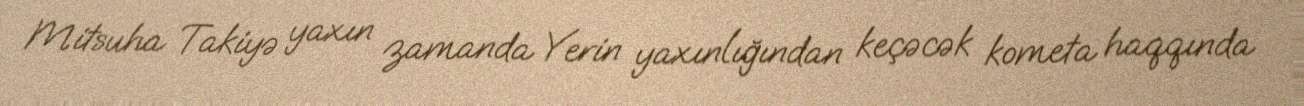
Mitsuha Takiyə yaxın zamanda Yerin yaxınlığından keçəcək kometa haqqında